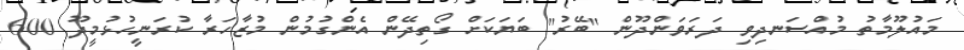
މައުލޫމާތު މުއްސަނދިވި ދަރަވަންދޫން "ބޭރު" ބަޔަކަށް ގޯތިދޭން އެންގުމުން މުޒާހަރާ ކުރަނީހުޅުމީދޫ 600